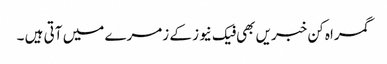
گمراہ کن خبریں بھی فیک نیوز کے زمرے میں آتی ہیں ۔